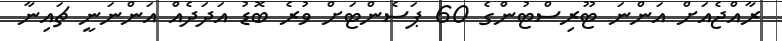
ރާއްޖެއަށް އަންނަ ޓޫރިސްޓުންގެ 60 ޕަސެންޓަށް ވުރެ ބޮޑު އަދަދެއް އަންނަނީ ޗައިނާ